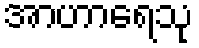
အာဟာရေသု